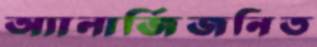
অ্যালার্জিজনিত